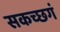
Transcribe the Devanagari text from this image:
सकच्छगं